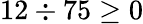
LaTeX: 12\div 75\geq 0